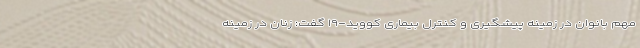
مهم بانوان در زمینه پیشگیری و کنترل بیماری کووید-۱۹ گفت: زنان در زمینه